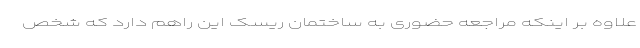
علاوه بر اینکه مراجعه حضوری به ساختمان ریسک این راهم دارد که شخص